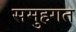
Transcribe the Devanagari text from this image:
समुहगत